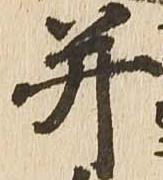
并